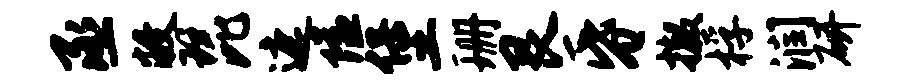
丞敝琵遮隘堡珊艮昏撤桴润研